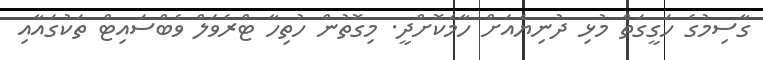
ގާސިމުގެ ހަގީގަތް މުޅި ދުނިޔެއަށް ހާމަކޮށްދީ. މިގޮތުން ހުތިހާ ޓްރެވަލް ވެބްސައިޓް ތަކުގައާއި